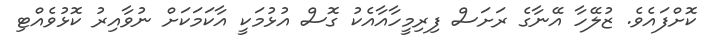
ކޮށްފައެވެ. ޒުލޭހާ އޭނާގެ ރަށަސް ފިރިމީހާއާއެކު ގޮސް އުޅުމަކީ އާކަމަކަށް ނުވާއިރު ކޮޅުވެއްޓި